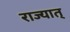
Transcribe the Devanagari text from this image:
राज्यात्